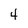
Character: 4